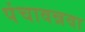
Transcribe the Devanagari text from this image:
पंचावन्नवा